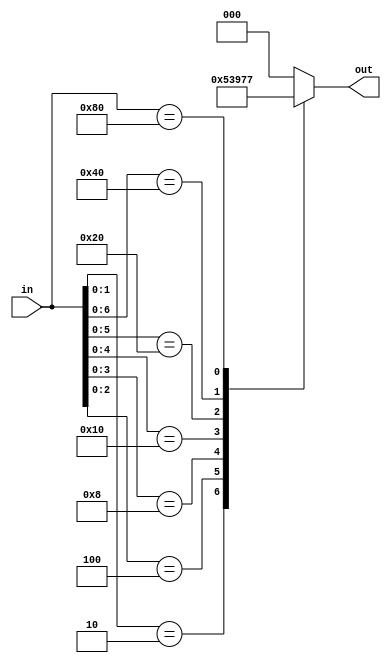
module priority_encoder(
    input [7:0] in,
    output reg [2:0] out
);
    //casex
    always@(*)begin
        casex(in)
            8'bxxxx_xxx1:out=3'b000;
            8'bxxxx_xx10:out=3'b001;
            8'bxxxx_x100:out=3'b010;
            8'bxxxx_1000:out=3'b011;
            8'bxxx1_0000:out=3'b100;
            8'bxx10_0000:out=3'b101;
            8'bx100_0000:out=3'b110;
            8'b1000_0000:out=3'b111;
            default:out=3'b000;
        endcase
    end 

    // if..else
    // always@(*)begin
    //     if(in[0])
    //         out=3'b000;
    //     else if(in[1])
    //         out=3'b001;
    //     else if(in[2])
    //         ...
    //     else if(in[7])
    //         out=3'b111;
    //     else
    //         out=3'b000;
    // end

endmodule